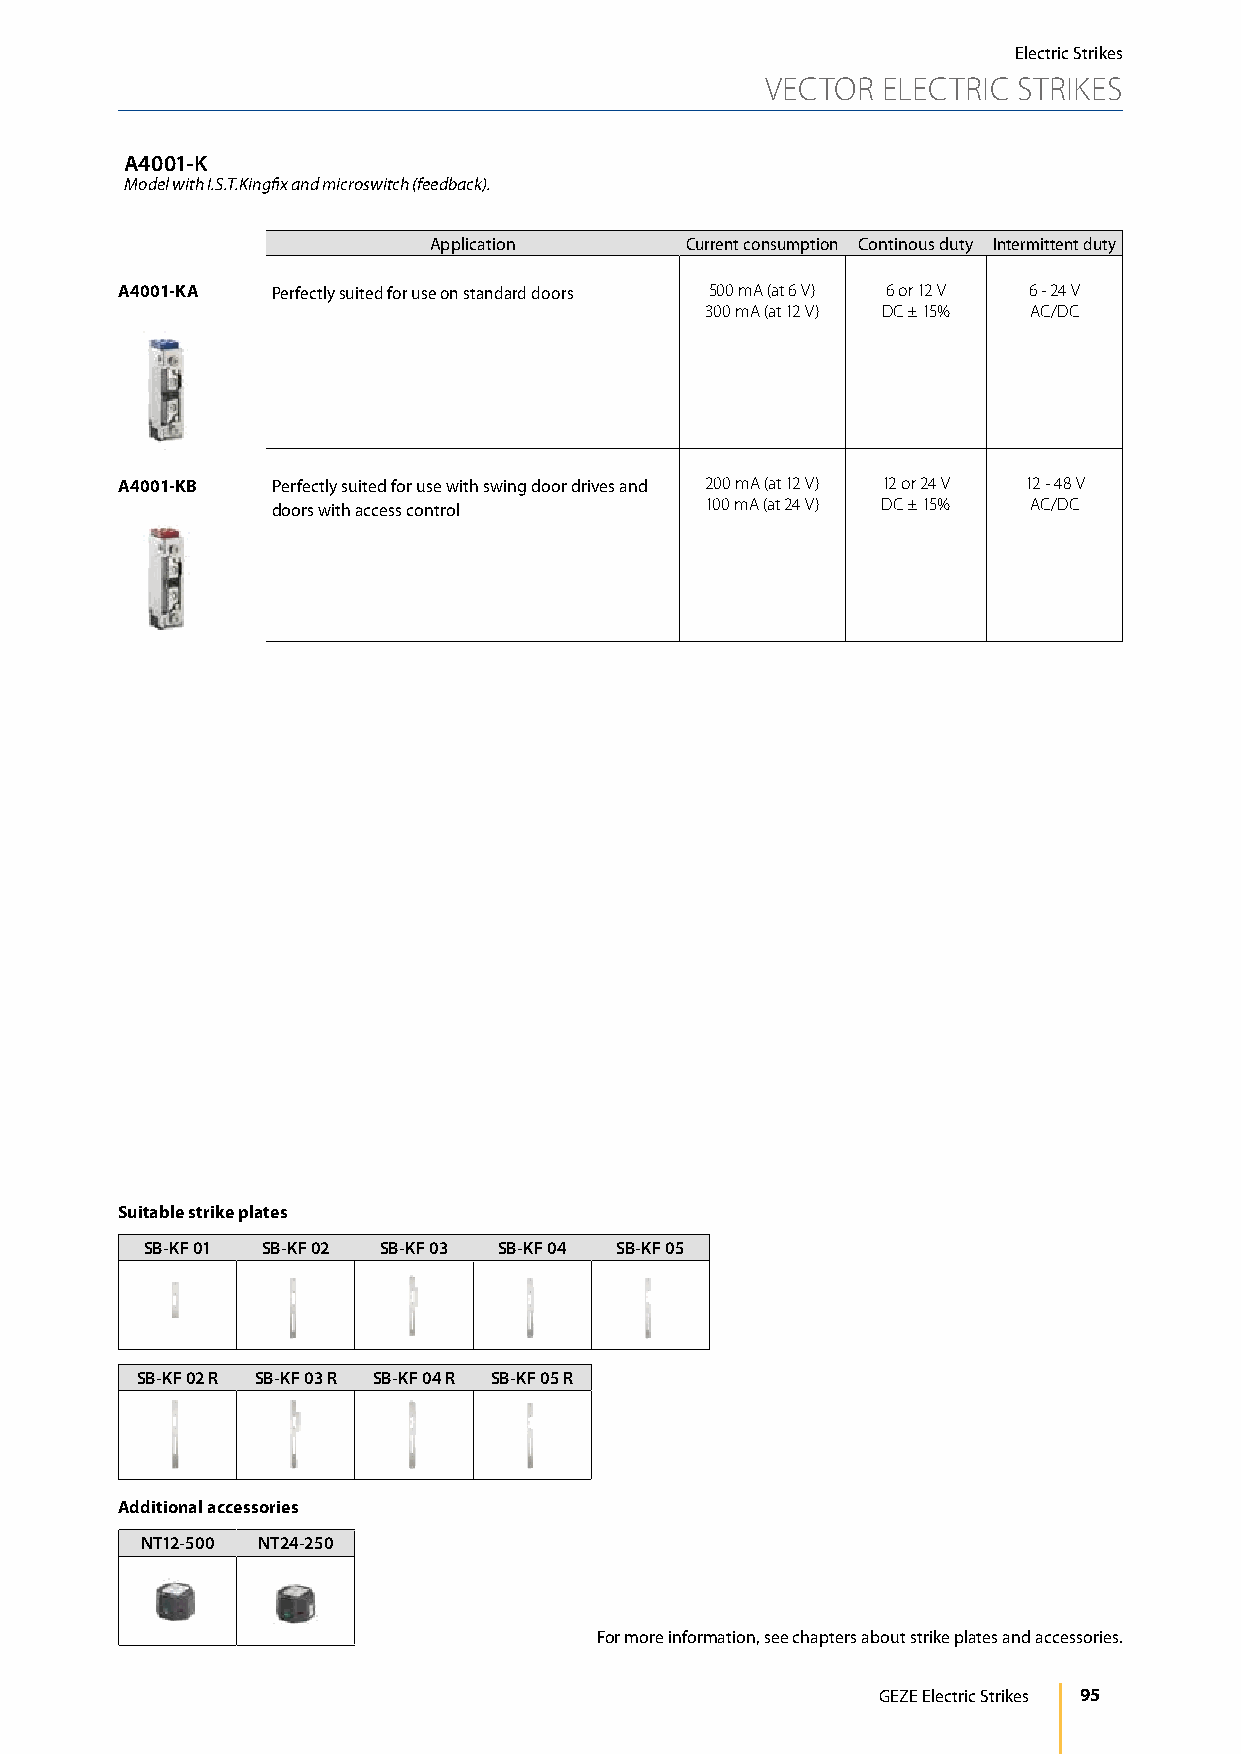
Electric Strikes
 VECTOR ELECTRIC STRIKES
 A4001-K
 Model with I.S.T.Kingfix and microswitch (feedback).
 Application      Current consumption Continous duty Intermittent duty
 A4001-KA  Perfectly suited for use on standard doors 500 mA (at 6 V) 6 or 12 V 6 - 24 V
 300 mA (at 12 V) DC ± 15% AC/DC
 A4001-KB  Perfectly suited for use with swing door drives and 200 mA (at 12 V) 12 or 24 V 12 - 48 V
 doors with access control    100 mA (at 24 V) DC ± 15% AC/DC
 Suitable strike plates
 SB-KF 01 SB-KF 02 SB-KF 03 SB-KF 04 SB-KF 05
 SB-KF 02 R SB-KF 03 R SB-KF 04 R SB-KF 05 R
 Additional accessories
 NT12-500 NT24-250
 For more information, see chapters about strike plates and accessories.
 GEZE Electric Strikes 95